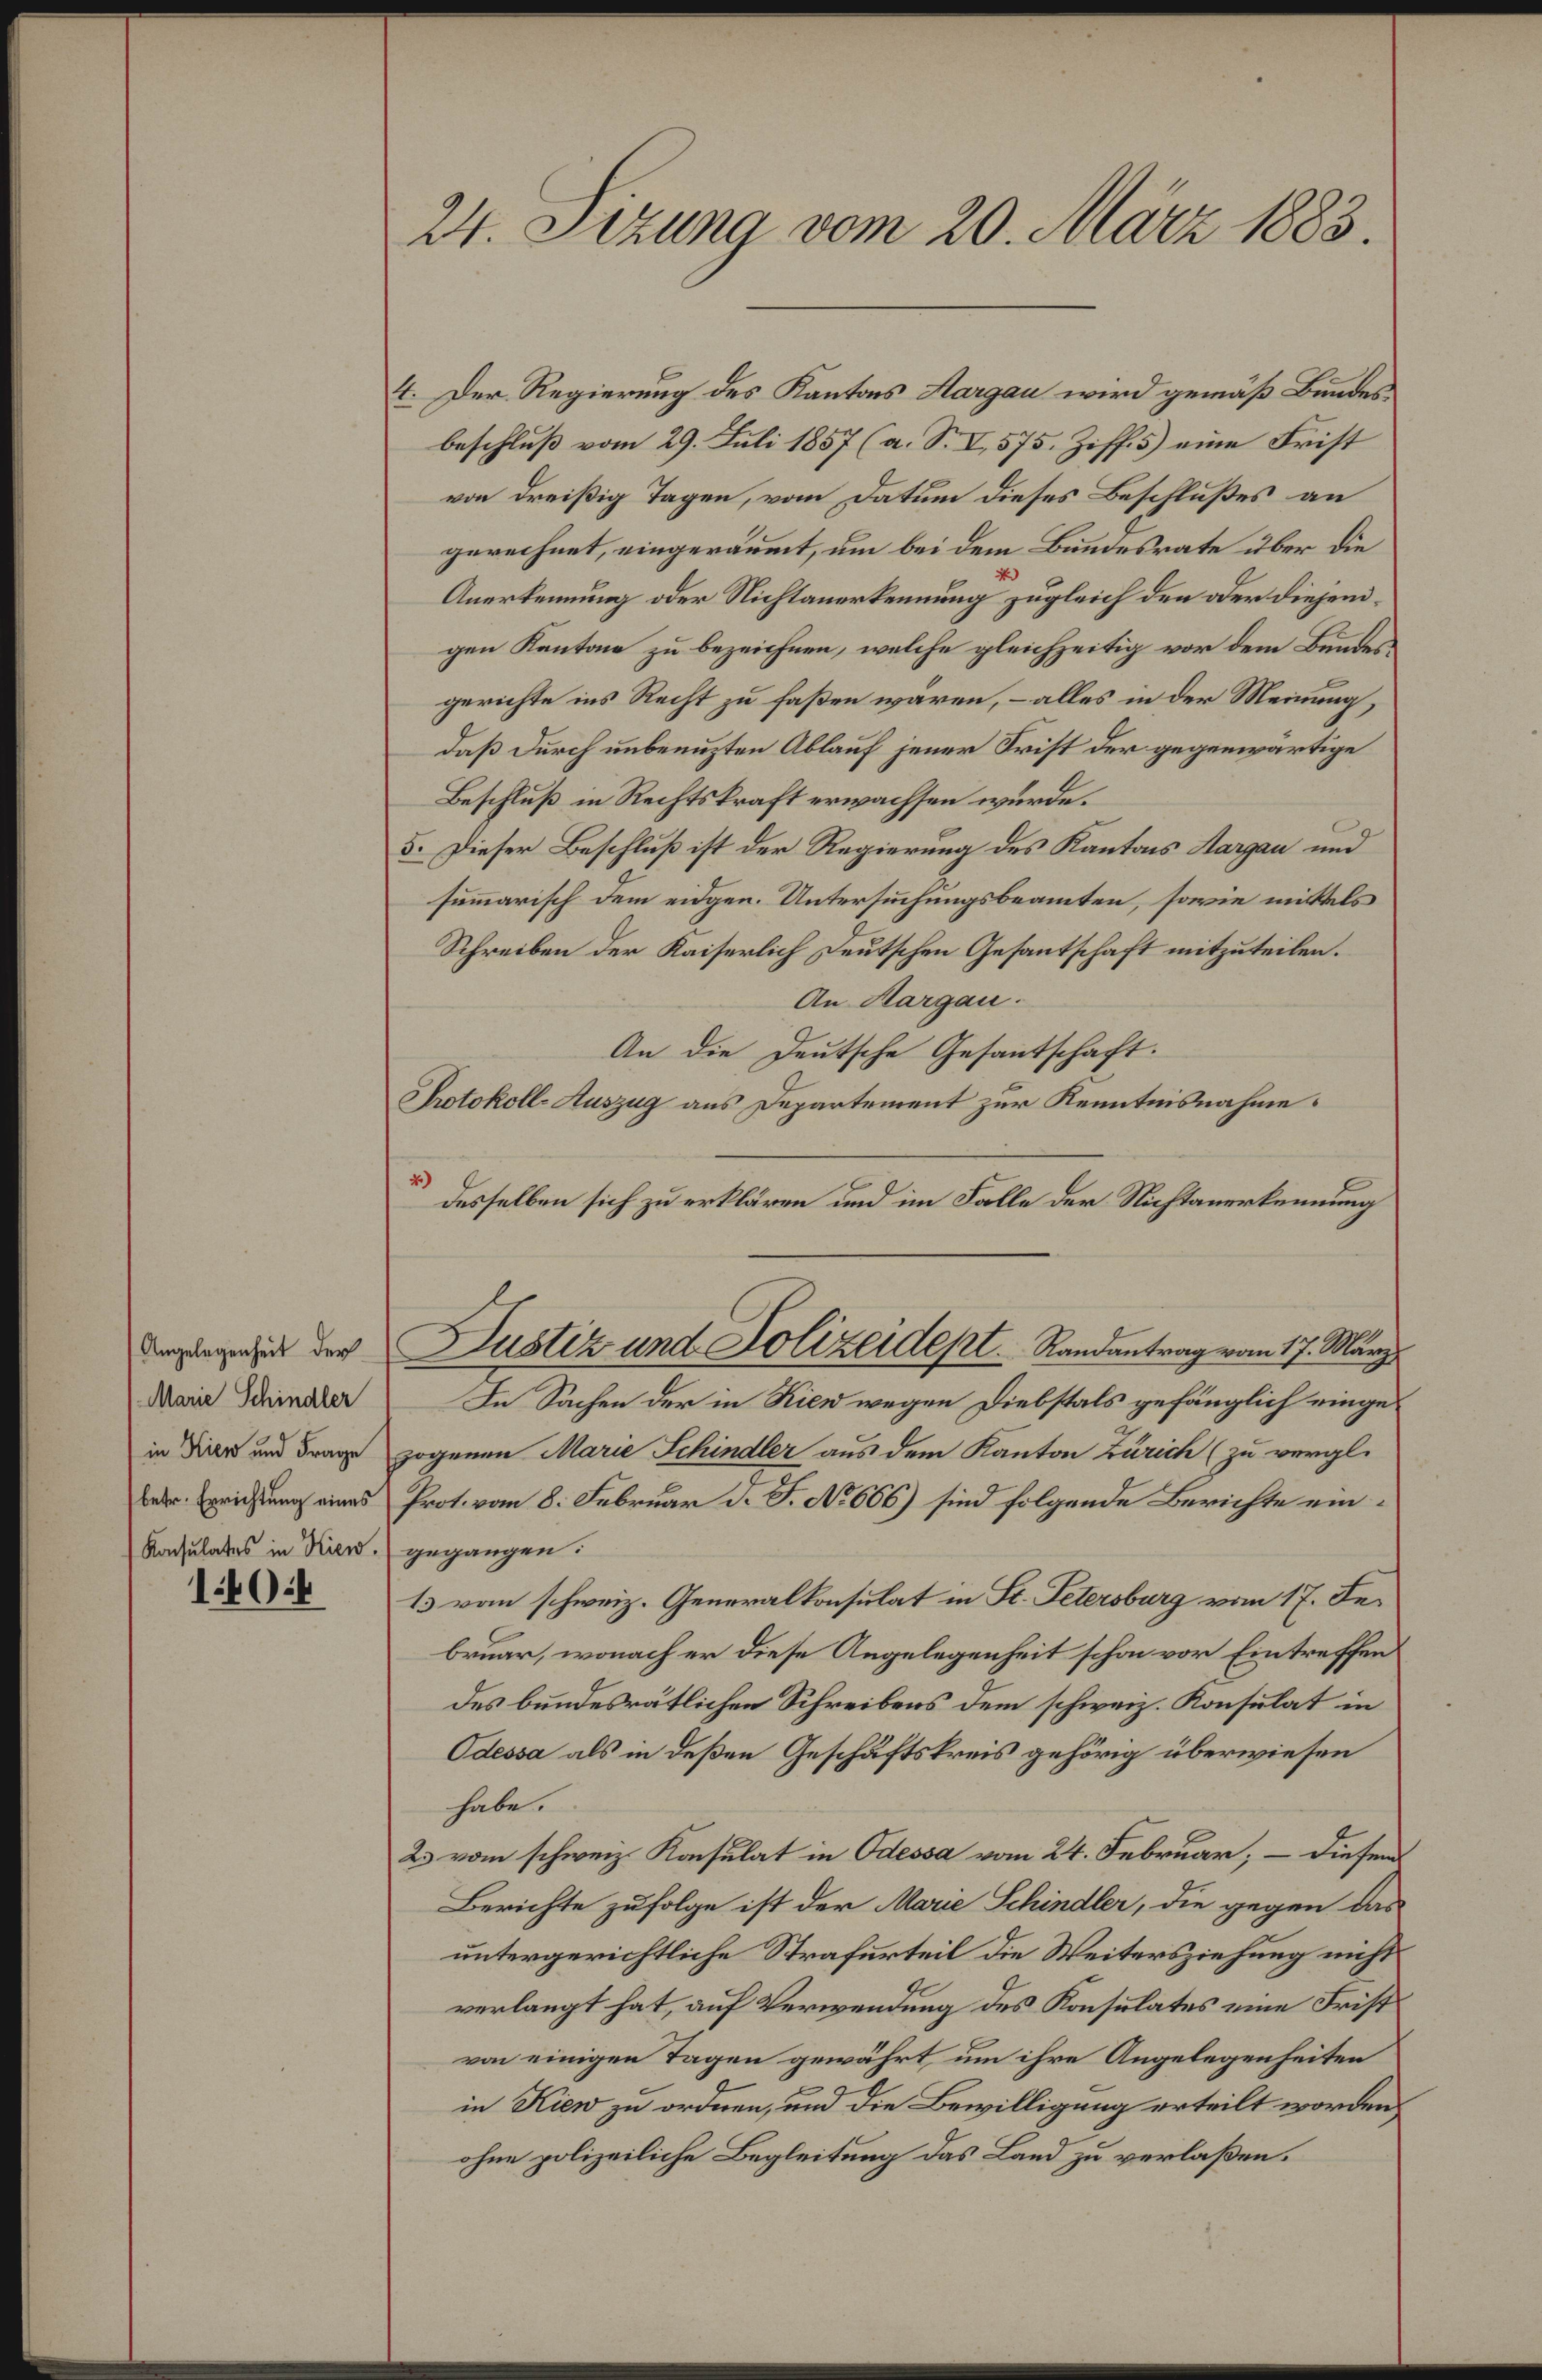
Angelegenheit der
Marie Schindler
in Kien und Frage
betr. Errichtung eines
Konsulates in Hiew.

10:

24. Setzung vom 20. März 1883.

4. Der Regierung des Kantons Aargau wird gemäß Bundesbeschluß vom 29. Juli 1857 (a. S. I, 575. Ziff. 5) eine Frist
von dreißig Tagen, vom Datum dieses Beschlußes an
gerechnet, eingeräumt, um bei dem Bundesrate über die
Anerkennung oder Nichtanerkennung zugleich den oder diejenigen Kantone zu bezeichnen, welche gleichzeitig vor dem Bundesgerichte ins Recht zu faßen wären, – alles in der Meinung,
daß durch unbenuzten Ablauf jener Frist der gegenwärtige
Beschluß in Rechtskraft erwachsen wurde.
5. Dieser Beschluß ist der Regierung des Kantons Aargau und
summarisch dem eidgen. Untersuchungsbeamten, sowie mittels
Schreiben der Kaiserlich Deutschen Gesantschaft mitzuteilen.
An Margau.
An die Deutsche Gesantschaft.
Protokoll-Auszug aus Departement zur Kenntnisnahme.
desselben sich zu erklären und im Falle der Nichtanerkennung
Justiz und Polizeidept. Randantrag vom 17. März
In Sachen der in Rien wegen Diebstals gefänglich eingezogenen Marie Schindler aus dem Kanton Zürich (zu vergl.
Prot. von 8. Februar d. J. No 666) sind folgende Berichte eingegangen:
13 vom schweiz. Generalkonsulat in St. Petersburg vom 17. Debruar, wonach er diese Angelegenheit schon vor Eintreffen
des bundesrätlichen Schreibens dem schweiz. Konsulat in
Odessa als in deßen Geschäftskreis gehörig überwiesen
habe.
2 vom schweiz. Konsulat in Odessa vom 24. Februar, – diesem
Berichte zufolge ist der Marie Schindler, die gegen das
untergerichtliche Strafurteil die Weitersziehung nicht
verlangt hat, auf Verwendung des Konsulates eine Frist
von einigen Tagen gewährt, um ihre Angelegenheiten
in Kien zu ordnen, und die Bewilligung erteilt worden
ohne polizeiliche Begleitung das Land zu verlaßen.